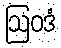
ဩဝဒံ